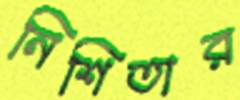
নিশিতার